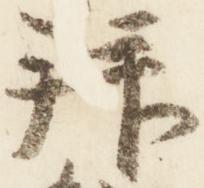
拝